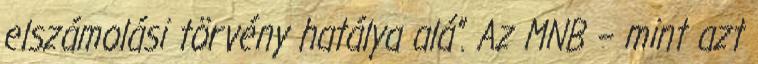
elszámolási törvény hatálya alá”. Az MNB – mint azt